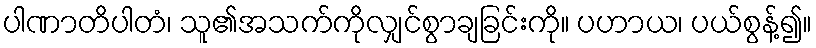
ပါဏာတိပါတံ၊ သူ၏အသက်ကိုလျှင်စွာချခြင်းကို။ ပဟာယ၊ ပယ်စွန့်၍။